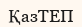
ҚазТЕП